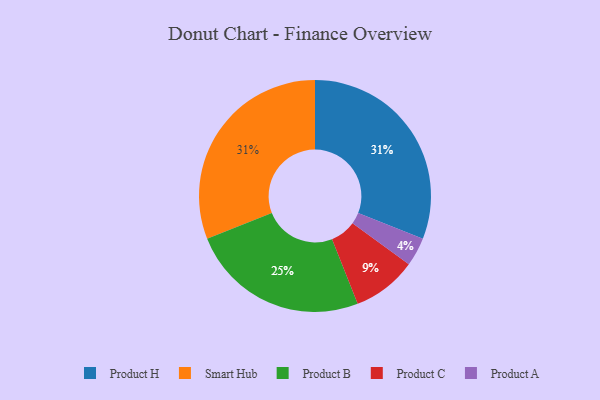
{"axis": {"x": "Category", "y": "Percentage"}, "legend": ["Product A", "Product B", "Product C", "Product H", "Smart Hub"], "data": [{"x": "Product H", "y": 31, "type": "Product H"}, {"x": "Product B", "y": 25, "type": "Product B"}, {"x": "Smart Hub", "y": 31, "type": "Smart Hub"}, {"x": "Product C", "y": 9, "type": "Product C"}, {"x": "Product A", "y": 4, "type": "Product A"}]}